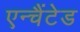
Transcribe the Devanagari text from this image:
एन्चैंटेड